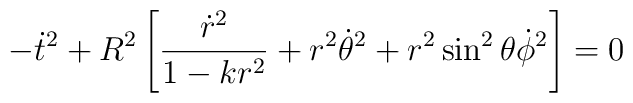
-{\dot t}^{2} + R^{2}\left [ \frac{{\dot r}^{2}}{1-kr^{2}} + r^{2}{\dot \theta}^{2} + r^{2}\sin ^{2}{\theta} {\dot \phi}^{2} \right ]= 0